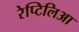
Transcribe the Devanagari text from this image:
रेप्टिलिआ